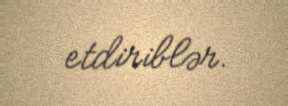
etdiriblər.